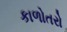
કાળોતરો